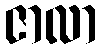
ဇာလာ